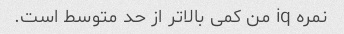
نمره iq من کمی بالاتر از حد متوسط ​​است.